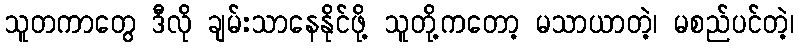
သူတကာတွေ ဒီလို ချမ်းသာနေနိုင်ဖို့ သူတို့ကတော့ မသာယာတဲ့၊ မစည်ပင်တဲ့၊